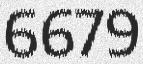
6679